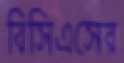
বিসিএসের